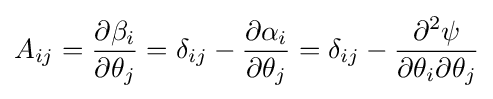
A_{ij}={\frac {\partial \beta _{i}}{\partial \theta _{j}}}=\delta _{ij}-{\frac {\partial \alpha _{i}}{\partial \theta _{j}}}=\delta _{ij}-{\frac {\partial ^{2}\psi }{\partial \theta _{i}\partial \theta _{j}}}